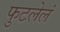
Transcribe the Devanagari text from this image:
फुटलेलं